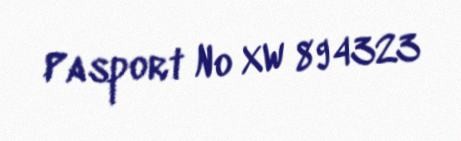
Pasport № XW 894323